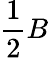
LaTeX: \frac{1}{2}B